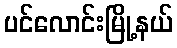
ပင်လောင်းမြို့နယ်